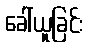
ခေါ်ယူခြင်း